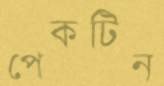
পেকটিন